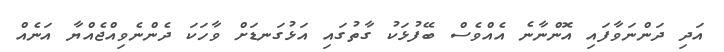
އަދި ދަންނަވާފައި އޮންނާނެ އެއްވެސް ބޭފުޅަކު ގާތުގައި އަޅުގަނޑަށް ވާހަކަ ދެންނެވިއްޖެއްޔާ އަނެއް